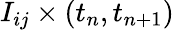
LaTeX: I_{ij}\times(t_{n},t_{n+1})